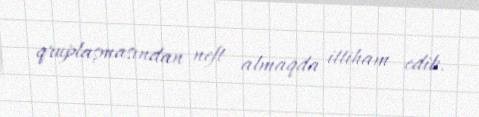
qruplaşmasından neft almaqda ittiham edib.